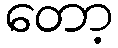
တော့